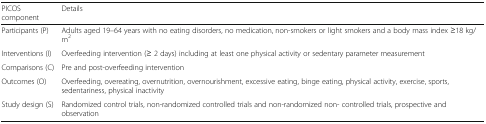
<table><thead><tr><td><b>PICOS component</b></td><td><b>Details</b></td></tr></thead><tbody><tr><td>Participants (P)</td><td>Adults aged 19–64 years with no eating disorders, no medication, non-smokers or light smokers and a body mass index ≥18 kg/m<sup>2</sup></td></tr><tr><td>Interventions (I)</td><td>Overfeeding intervention (≥ 2 days) including at least one physical activity or sedentary parameter measurement</td></tr><tr><td>Comparisons (C)</td><td>Pre and post-overfeeding intervention</td></tr><tr><td>Outcomes (O)</td><td>Overfeeding, overeating, overnutrition, overnourishment, excessive eating, binge eating, physical activity, exercise, sports, sedentariness, physical inactivity</td></tr><tr><td>Study design (S)</td><td>Randomized control trials, non-randomized controlled trials and non-randomized non- controlled trials, prospective and observation</td></tr></tbody></table>